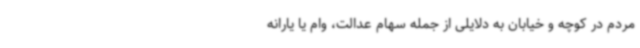
مردم در کوچه و خیابان به دلایلی از جمله سهام عدالت، وام یا یارانه